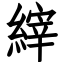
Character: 縡